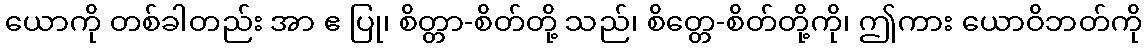
ယောကို တစ်ခါတည်း အာ ဧ ပြု၊ စိတ္တာ-စိတ်တို့ သည်၊ စိတ္တေ-စိတ်တို့ကို၊ ဤကား ယောဝိဘတ်ကို